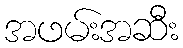
အဖမ်းအဆီး